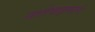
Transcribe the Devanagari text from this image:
नातेवाइकाचे